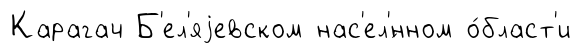
Карагач Б'ел'яjевском нас'ел'́нном о́бласт'и